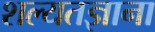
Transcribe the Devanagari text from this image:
शल्यतज्ञाना